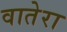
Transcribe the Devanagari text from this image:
वातेरा